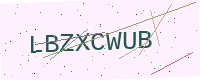
Text: LBZXCWUB